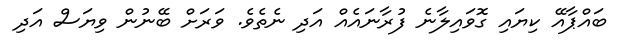
ބައްޕާއޭ ކިޔައި ގޮވައިލާނެ ފުރާނައެއް އަދި ނެތެވެ. ވަރަށް ބޭނުން ވިޔަސް އަދި